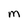
Character: M